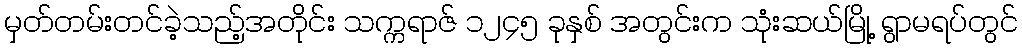
မှတ်တမ်းတင်ခဲ့သည့်အတိုင်း သက္ကရာဇ် ၁၂၄၅ ခုနှစ် အတွင်းက သုံးဆယ်မြို့ ရွာမရပ်တွင်